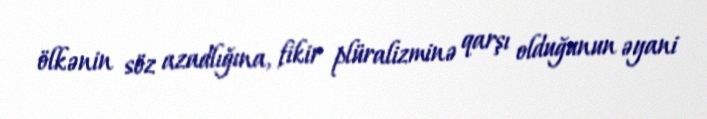
ölkənin söz azadlığına, fikir plüralizminə qarşı olduğunun əyani